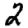
Digit: 2